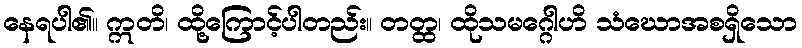
နေရပါ၏။ ဣတိ၊ ထို့ကြောင့်ပါတည်း။ တတ္ထ၊ ထိုသမဂ္ဂေါဟိ သံဃောအစရှိသော